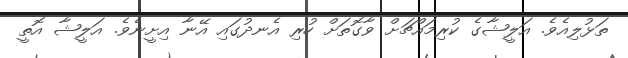
ތަޅުލިއެވެ. އަލީޝާގެ ކުރިމައްޗަށް ވާގޮތަށް ހުރި އެނދުގައި އޭނާ އިށީނެވެ. އަލީޝާ އޮތީ